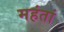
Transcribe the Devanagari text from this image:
महंतां